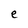
Character: e